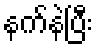
နက်နဲပြီး